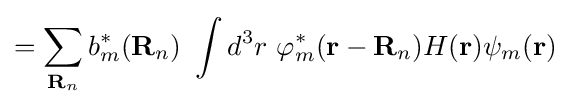
=\sum _{\mathbf {R} _{n}}b_{m}^{*}(\mathbf {R} _{n})\ \int d^{3}r\ \varphi _{m}^{*}(\mathbf {r} -\mathbf {R} _{n})H(\mathbf {r} )\psi _{m}(\mathbf {r} )